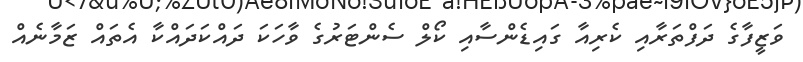
ވަޒީފާގެ ދަފްތަރާއި ކެރިއާ ގައިޑެންސާއި ކޯލް ސެންޓަރުގެ ވާހަކަ ދައްކަދައްކާ އެތައް ޒަމާނެއް